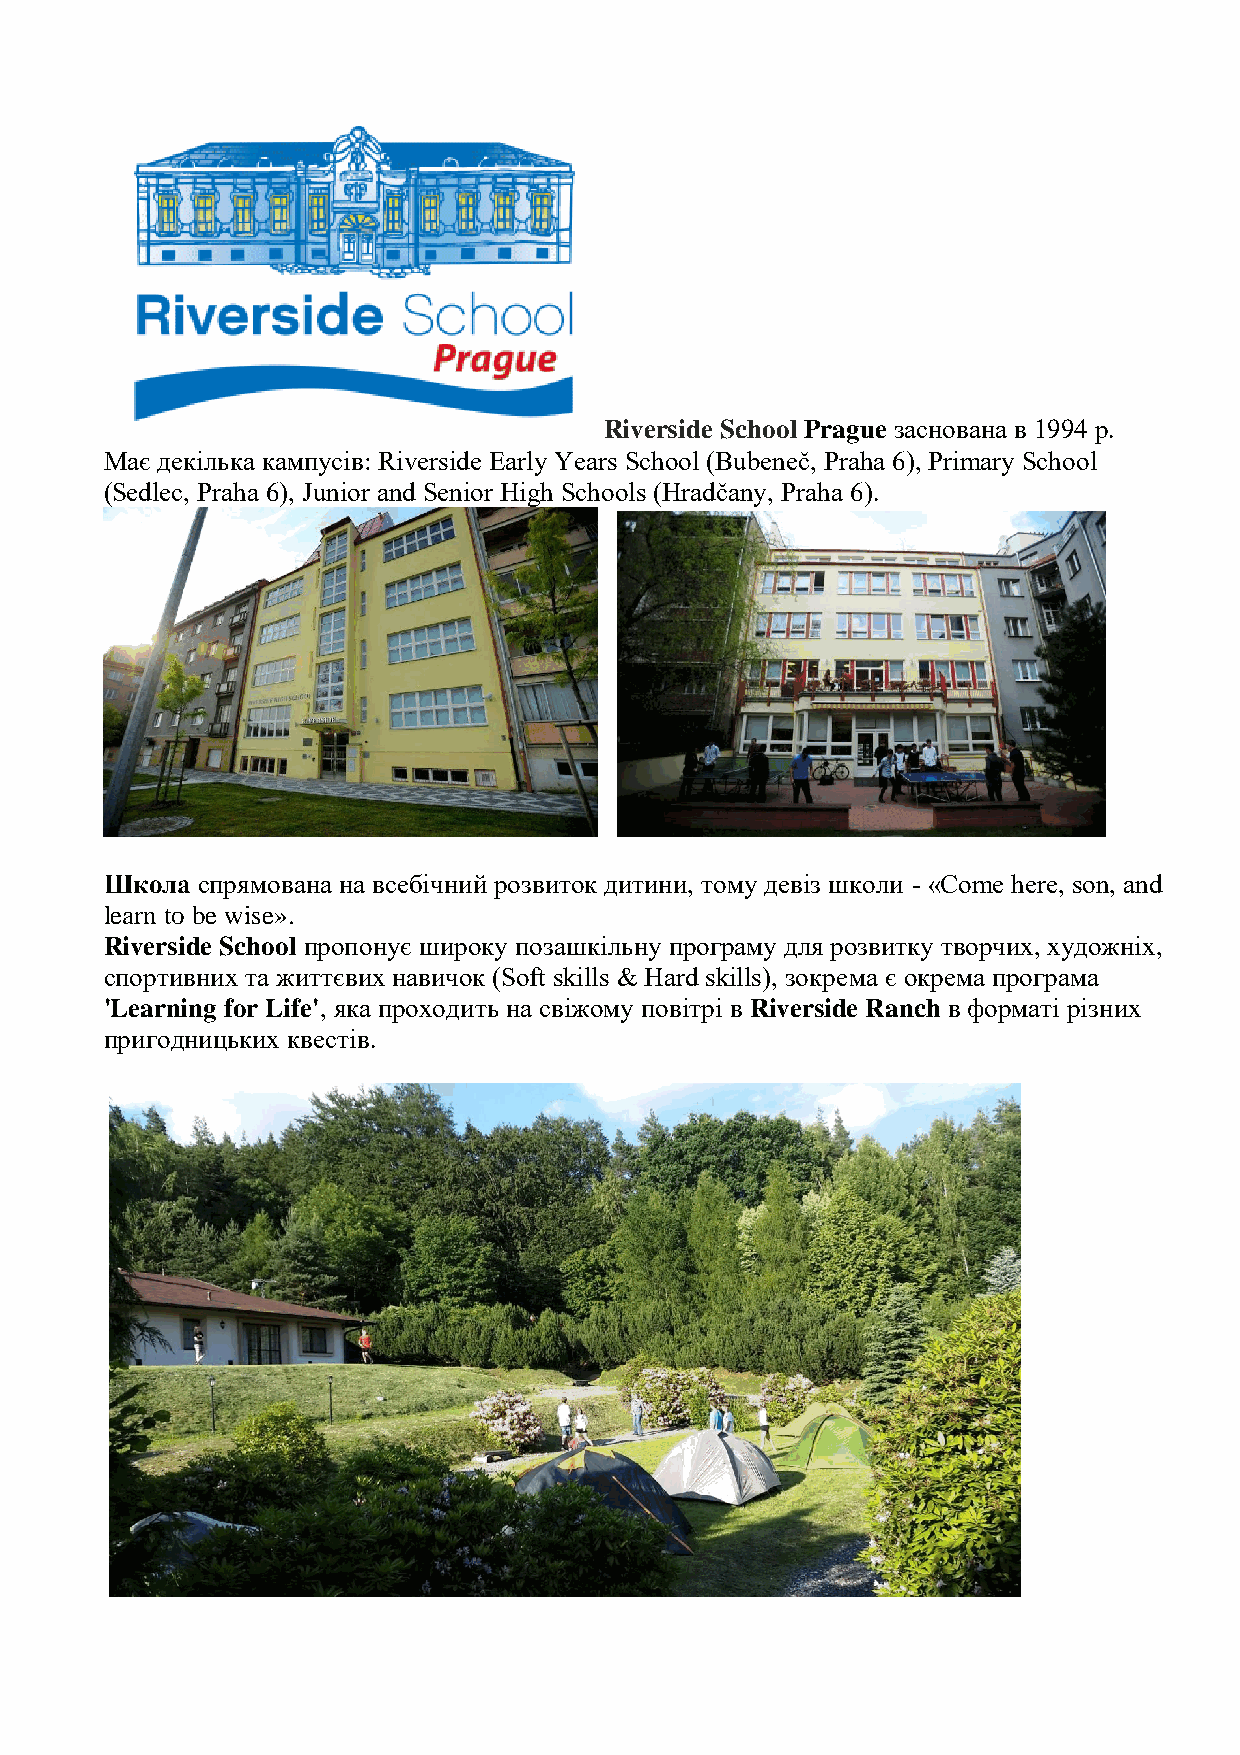
Riverside School Prague заснована в 1994 р.
 Має декілька кампусів: Riverside Early Years School (Bubeneč, Praha 6), Primary School
 (Sedlec, Praha 6), Junior and Senior High Schools (Hradčany, Praha 6).
 Школа спрямована на всебічний розвиток дитини, тому девіз школи - «Сome here, son, and
 learn to be wise».
 Riverside School пропонує широку позашкільну програму для розвитку творчих, художніх,
 спортивних та життєвих навичок (Soft skills & Hard skills), зокрема є окрема програма
 'Learning for Life', яка проходить на свіжому повітрі в Riverside Ranch в форматі різних
 пригодницьких квестів.